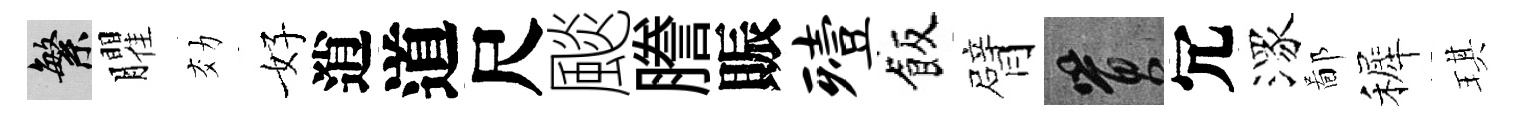
繁臞効好逍道尺颷謄賑殪飯臂篔冗潈鄙裤琪